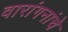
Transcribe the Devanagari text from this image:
वारांगनांचे